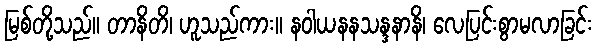
မြစ်တို့သည်။ တာနိတိ၊ ဟူသည်ကား။ နဝါယနနသန္ဒနာနိ၊ လေပြင်းစွာမလာခြင်း